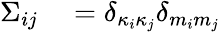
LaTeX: \begin{array}{rl}{\Sigma_{ij}}&{{}=\delta_{\kappa_{i}\kappa_{j}}\delta_{m_{i}m_{j}}}\end{array}